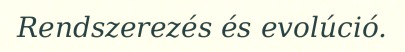
Rendszerezés és evolúció.